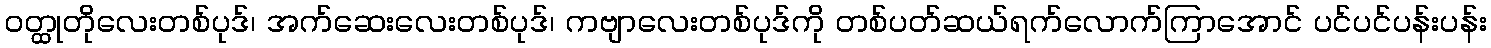
၀တ္ထုတိုလေးတစ်ပုဒ်၊ အက်ဆေးလေးတစ်ပုဒ်၊ ကဗျာလေးတစ်ပုဒ်ကို တစ်ပတ်ဆယ်ရက်လောက်ကြာအောင် ပင်ပင်ပန်းပန်း